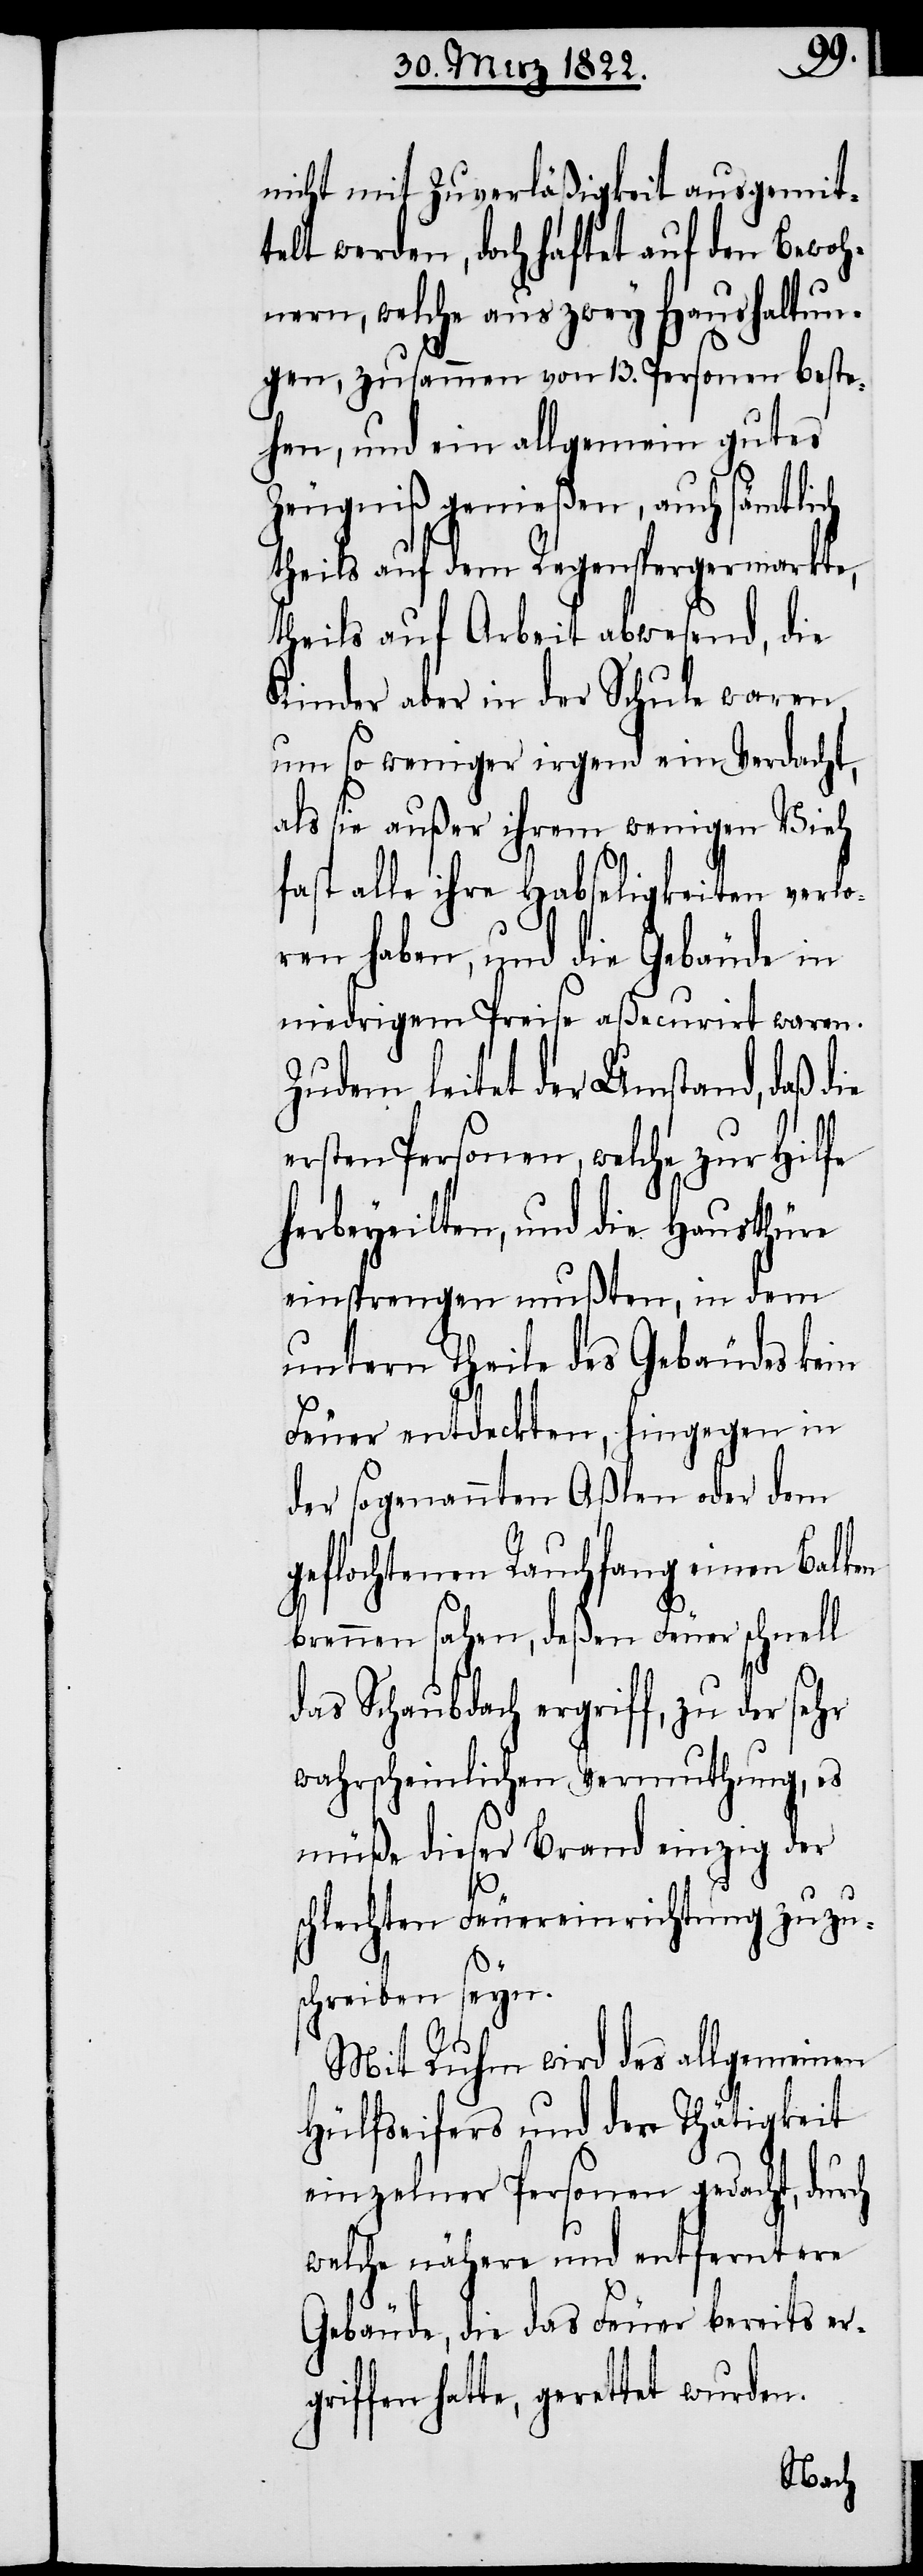
nicht mit Zuverläßigkeit ausgemit¬
telt werden, doch haftet auf den Bewoh¬
nern, welche aus zwey Haushaltun¬
gen, zusammen von 13. Personen beste¬
hen, und ein allgemein gutes
Zeugniß genießen, auch sämtlich
theils auf dem Regenspergermarkte,
theils auf Arbeit abwesend, die
Kinder aber in der Schule waren,
um so weniger irgend ein Verdacht,
als sie außer ihrem wenigen Vieh
fast alle ihre Habseligkeiten verlo¬
ren haben, und die Gebäude in
niedrigem Preise aßecurirt waren.
Zudem leitet der Umstand, daß die
ersten Personen, welche zu Hilfe
herbeyeilten, und die Hausthüre
einsprengen mußten, in dem
untern Theile des Gebäudes kein
Feuer entdeckten, hingegen in
der sogenannten Aßlen oder dem
geflochtenen Rauchfang einen Balken
brennen sahen, deßen Feuer schnell
das Schaubdach ergriff, zu der
wahrscheinlichen Vermuthung, es
müße dieser Brand einzig der
ch
schlechten Feuereinrichtung zuzu¬
schreiben seyn.
Mit Ruhm wird des allgemeinen
Hülfseifers und der Thätigkeit
einzelner Personen gedacht, dur¬
welche nähere und entferntere
Gebäude, die das Feuer bereits erg¬
riffen hatte, gerettet wurden.